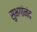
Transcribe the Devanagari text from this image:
सुभगांनंद